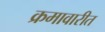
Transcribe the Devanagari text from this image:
क्रमावारीत